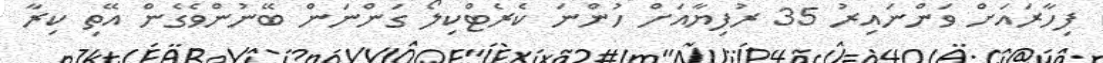
ފިހާރައަށް ވަންނައިރު 35 ރުފިޔާއަށް ހުންނަ ކެރެޓްކިލޯ ގަންނަން ބޭނުންވެގެން އޭތި ކިރާ